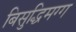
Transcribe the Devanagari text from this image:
बिसुद्धिमग्ग